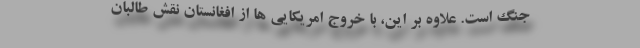
جنگ است. علاوه بر این، با خروج امریکایی ها از افغانستان نقش طالبان